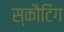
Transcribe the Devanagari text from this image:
स्कौटिंग